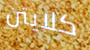
كلايتن